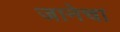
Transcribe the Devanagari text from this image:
जानेचा